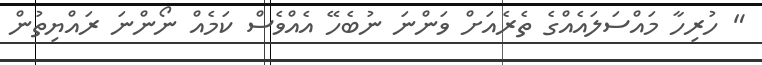
" ހުރިހާ މައްސަލައެއްގެ ތެރެއަށް ވަންނަ ނުބެހޭ އެއްވެސް ކަމެއް ނޯންނަ ރައްޔިތުން